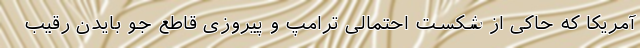
آمریکا که حاکی از شکست احتمالی ترامپ و پیروزی قاطع جو بایدن رقیب